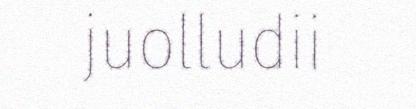
juolludii